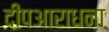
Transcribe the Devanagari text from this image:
दीपआराधना